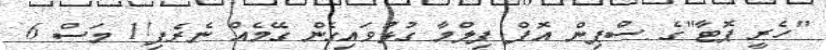
"ހެރީ ޕޮޓާ"ގެ ސްޕިން އޮފް ފިލްމާ ގުޅުވައިގެން ގޭމެއް ނެރެފި!1 މަސް 6